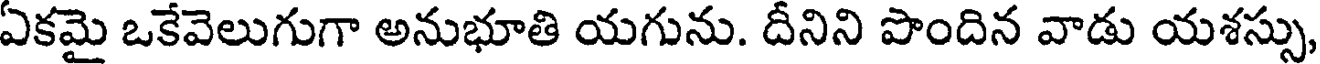
ఏకమై ఒకేవెలుగుగా అనుభూతి యగును. దీనిని పొందిన వాడు యశస్సు